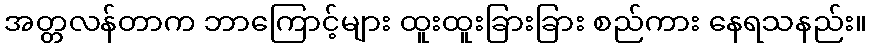
အတ္တလန်တာက ဘာကြောင့်များ ထူးထူးခြားခြား စည်ကား နေရသနည်း။